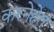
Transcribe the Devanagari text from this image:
करनेहेतु